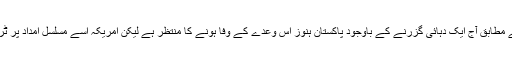
'بوسٹن گلوب' کے مطابق آج ایک دہائی گزرنے کے باوجود پاکستان ہنوز اس وعدے کے وفا ہونے کا منتظر ہے لیکن امریکہ اسے مسلسل امداد پر ٹرخائے جارہا ہے۔